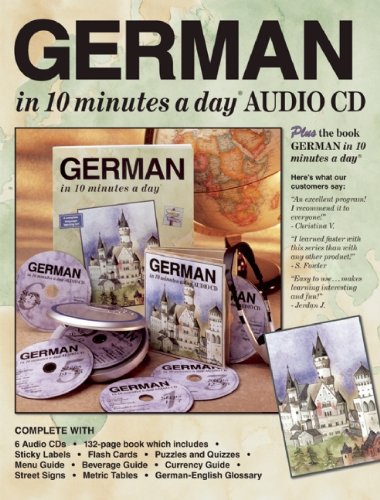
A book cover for GERMAN in 10 minutes a dayÂ® AUDIO CD; Kristine K. Kershul; Travel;